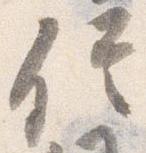
信